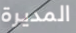
المديرة